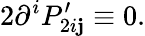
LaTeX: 2\partial^{i}P_{2i\mathbf{j}}^{\prime}\equiv0.